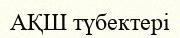
АҚШ түбектері